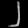
Digit: ၂